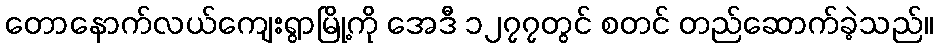
တောနောက်လယ်ကျေးရွာမြို့ကို အေဒီ ၁၂၇၇တွင် စတင် တည်ဆောက်ခဲ့သည်။